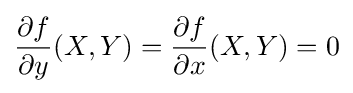
{\frac {\partial f}{\partial y}}(X,Y)={\frac {\partial f}{\partial x}}(X,Y)=0